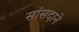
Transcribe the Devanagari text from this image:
सांसदाने